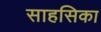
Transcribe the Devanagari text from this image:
साहसिका